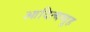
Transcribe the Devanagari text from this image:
आदित्यव्यूह